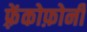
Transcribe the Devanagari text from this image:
फ़्रेंकोफ़ोनी